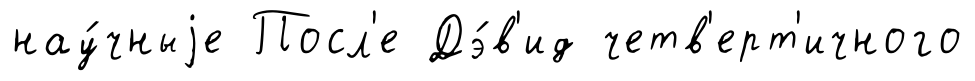
нау́чныjе Посл'е Дэ́в'ид четв'ерт'ичного